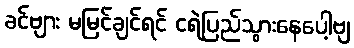
ခင်ဗျား မမြင်ချင်ရင် ငရဲပြည်သွားနေပေါ့ဗျ